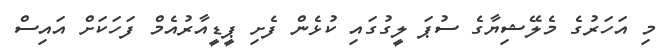
މި އަހަރުގެ މެލޭޝިޔާގެ ސުޕަ ލީގުގައި ކުޅެން ފެށި ޕީޑީއާރުއެމް ފަހަކަށް އައިސް